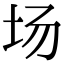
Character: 场